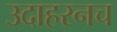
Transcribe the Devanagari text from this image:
उदाहरनच